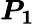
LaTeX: \boldsymbol{P_{1}}